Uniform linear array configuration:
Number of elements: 48
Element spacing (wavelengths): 0.75
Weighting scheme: exponential
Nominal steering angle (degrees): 45
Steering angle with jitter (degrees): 43.314
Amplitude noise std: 0.05
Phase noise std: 0.05

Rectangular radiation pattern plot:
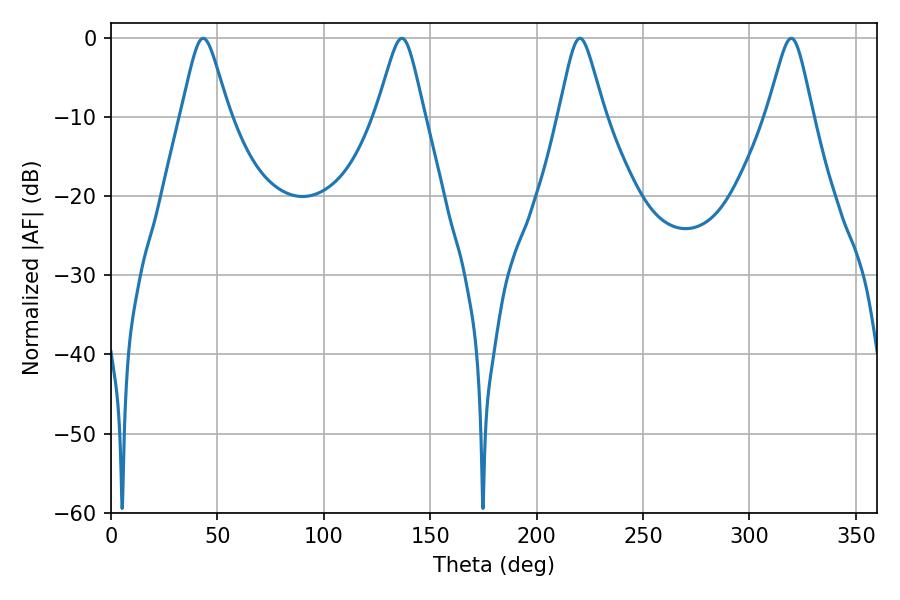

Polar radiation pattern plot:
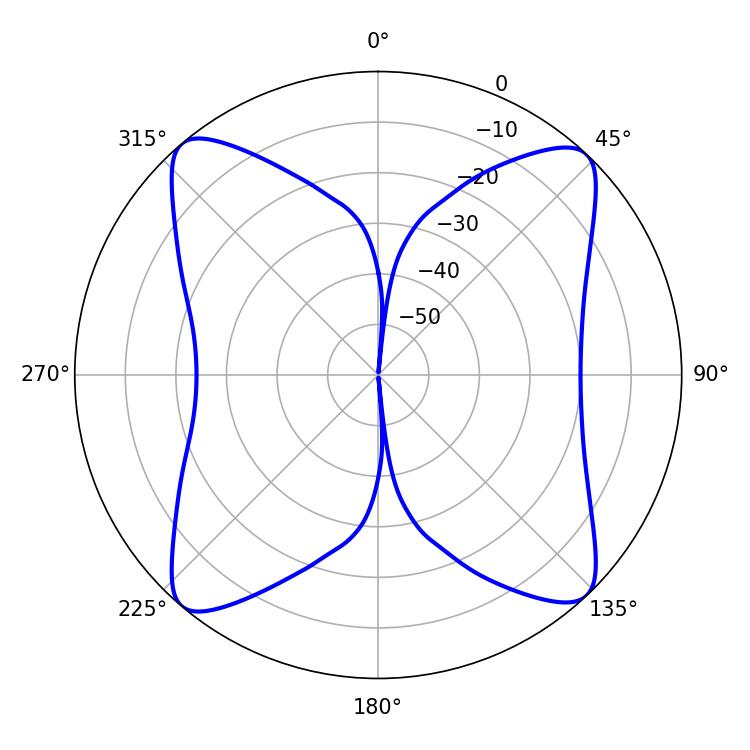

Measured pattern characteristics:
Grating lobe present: TRUE
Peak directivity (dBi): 17.381
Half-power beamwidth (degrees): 10.26
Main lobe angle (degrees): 220.32